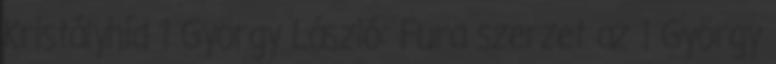
Kristályhíd 1 György László: Fura szerzet az 1 György